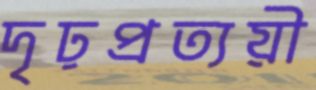
দৃঢ়প্রত্যয়ী